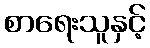
စာရေးသူနှင့်